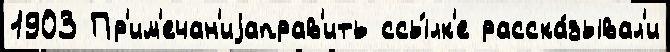
1903 Пр'им'ечан'иjаправ'ить ссы́лк'е расска́зывал'и